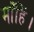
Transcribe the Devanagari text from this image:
माँहिं।